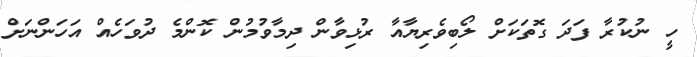
ހީ ނުކުރާ ފަދަ ގޮތަކަށް ލޯބިވެރިޔާއާ ރުޅިވާން ދިމާވުމުން ކޮންމެ ދުވަހެއް އަހަންނަށް